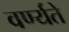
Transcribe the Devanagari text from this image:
वर्ण्यते